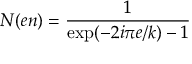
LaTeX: { \cal N } ( e n ) = \frac { 1 } { \mathrm { e x p } ( - 2 i \pi e / k ) - 1 }